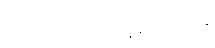
ဒေသခံပြည်သူများထံမှ